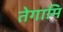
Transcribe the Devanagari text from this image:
तेगामि